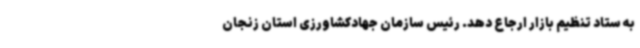
به ستاد تنظیم بازار ارجاع دهد. رئیس سازمان جهادکشاورزی استان زنجان